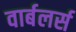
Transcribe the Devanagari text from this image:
वार्बलर्स